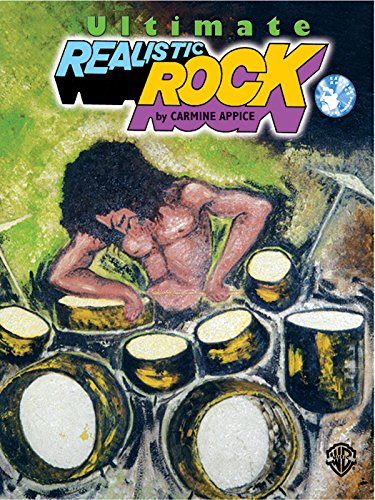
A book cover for The Ultimate Realistic Rock Drum Method; Carmine Appice; Humor & Entertainment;